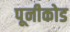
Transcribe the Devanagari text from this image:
पूनीकोड